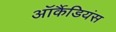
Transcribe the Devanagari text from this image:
ऑर्कैडियंस